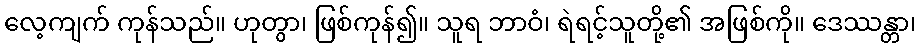
လေ့ကျက် ကုန်သည်။ ဟုတွာ၊ ဖြစ်ကုန်၍။ သူရ ဘာဝံ၊ ရဲရင့်သူတို့၏ အဖြစ်ကို။ ဒေဿန္တာ၊